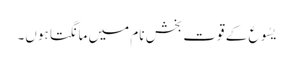
یسُوع کے قوت بخش نام میں مانگتا ہوں۔